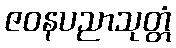
ဇဝနပညာသုတ္တံ